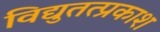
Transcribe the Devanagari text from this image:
विद्युतत्प्रकाश